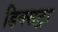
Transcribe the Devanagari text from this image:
डिक्सट्रा